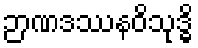
ဉာဏဒဿနဝိသုဒ္ဓိ